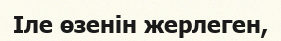
Ӏле өзенін жерлеген,